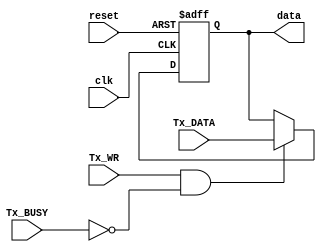
//Read data from system.
module transmitter_WR_module (input clk, input reset, input [7:0] Tx_DATA, input Tx_WR, input Tx_BUSY, output reg [7:0] data);

    always @(posedge clk or posedge reset) begin
        if (reset) begin
            data <= 8'hFF;
        end
        else if (Tx_WR && !Tx_BUSY) begin
            data <= Tx_DATA;
        end
        else begin
            data <= data;
        end
    end

endmodule